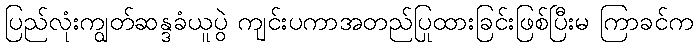
ပြည်လုံးကျွတ်ဆန္ဒခံယူပွဲ ကျင်းပကာအတည်ပြုထားခြင်းဖြစ်ပြီးမ ကြာခင်က